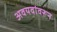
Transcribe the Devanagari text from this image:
अवयवांवरून